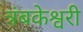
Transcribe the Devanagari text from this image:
त्रंबकेश्वरी